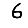
Digit: 6